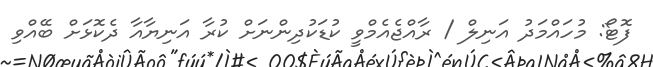
ފޮޓޯ: މުހައްމަދު އަނިލް / ރާއްޖެއެމްވީ ކުޑަކުދިންނަށް ކުރާ އަނިޔާއާ ދެކޮޅަށް ބޭއްވި